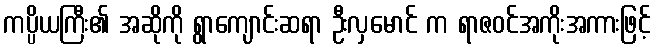
ကပ္ပိယကြီး၏ အဆိုကို ရွာကျောင်းဆရာ ဦးလှမောင် က ရာဇဝင်အကိုးအကားဖြင့်